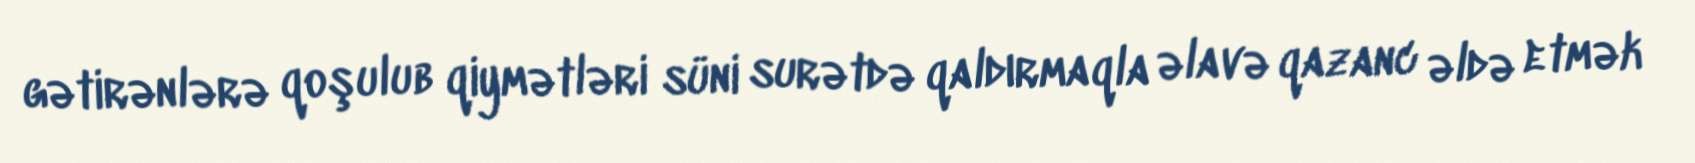
gətirənlərə qoşulub qiymətləri süni surətdə qaldırmaqla əlavə qazanc əldə etmək